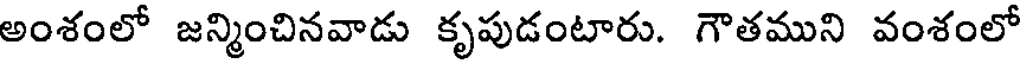
అంశంలో జన్మించినవాడు కృపుడంటారు. గౌతముని వంశంలో